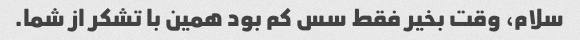
سلام، وقت بخیر فقط سس کم بود همین با تشکر از شما.